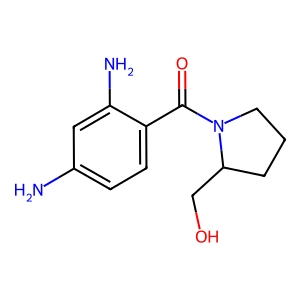
SMILES: Nc1ccc(C(=O)N2CCCC2CO)c(N)c1
Inhibits HIV replication: No